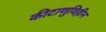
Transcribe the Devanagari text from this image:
कीटाणुविहीन